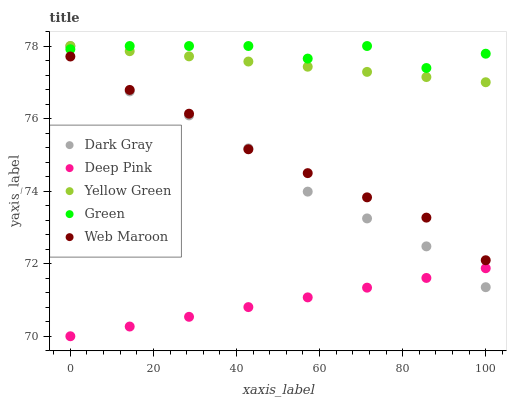
| xaxis_label | Dark Gray | Deep Pink | Yellow Green | Green | Web Maroon |
 | --- | --- | --- | --- | --- | --- |
 | 0 | 78 | 70 | 78 | 77.9 | 77.7 |
 | 14.3 | 76.7 | 70.3 | 77.9 | 78 | 76.8 |
 | 28.6 | 76.1 | 70.5 | 77.7 | 78 | 76.1 |
 | 42.9 | 75.2 | 70.8 | 77.6 | 78 | 75.2 |
 | 57.1 | 74 | 71.1 | 77.4 | 77.7 | 74.5 |
 | 71.4 | 73.2 | 71.3 | 77.3 | 78 | 73.8 |
 | 85.7 | 72.5 | 71.6 | 77.1 | 77.4 | 73.3 |
 | 100 | 71.4 | 71.9 | 77 | 77.8 | 72.1 |